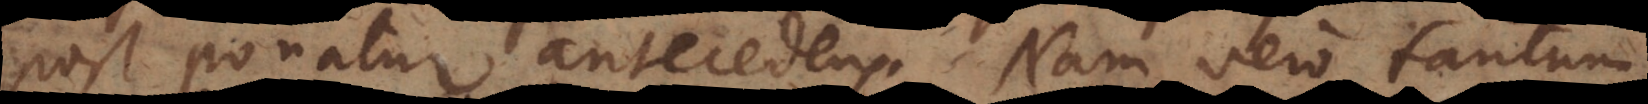
postponatur antecedens. Nam vero tantum